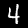
Digit: 4